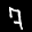
Label: 7